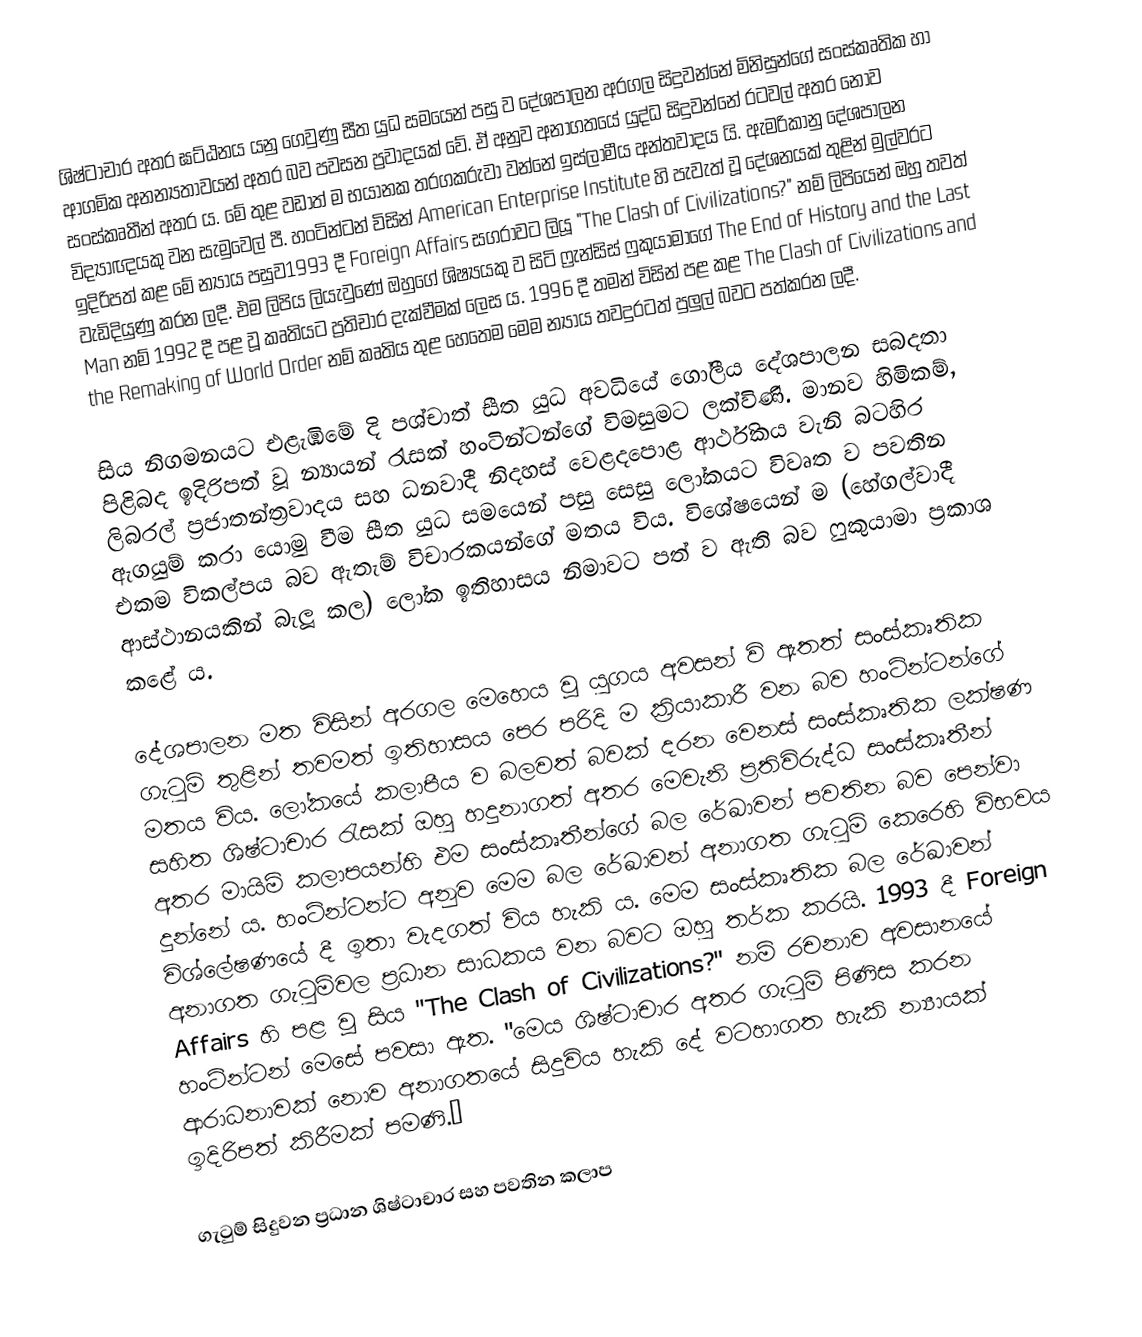
ශිෂ්ටාචාර අතර ඝට්ඨනය යනු ගෙවුණු සීත යුධ සමයෙන් පසු ව දේශපාලන අරගල සිදුවන්නේ මිනිසුන්ගේ  සංස්කෘතික හා ආගමික අනන්‍යතාවයන් අතර බව පවසන ප්‍රවාදයක් වේ. ඒ අනුව අනාගතයේ යුද්ධ සිදුවන්නේ රටවල් අතර නොව සංස්කෘතීන් අතර ය. මේ තුළ වඩාත් ම භයානක තරගකරුවා වන්නේ ඉස්ලාමීය අන්තවාදය යි. ඇමරිකානු දේශපාලන විද්‍යාඥයකු වන සැමුවෙල් පී. හංටින්ටන් විසින් American Enterprise Institute හි පැවැත් වූ දේශනයක් තුළින් මුල්වරට ඉදිරිපත් කළ  මේ න්‍යාය පසුව1993 දී  Foreign Affairs සගරාවට ලියූ "The Clash of Civilizations?" නම් ලිපියෙන් ඔහු තවත් වැඩිදියුණු කරන ලදී. එම ලිපිය ලියැවුණේ ඔහුගේ ශිෂ්‍යයකු ව සිටි ෆ්‍රැන්සිස් ෆුකුයාමාගේ The End of History and the Last Man නම් 1992 දී පළ වූ කෘතියට ප්‍රතිචාර දැක්වීමක් ලෙස ය. 1996 දී තමන් විසින් පළ කළ The Clash of Civilizations and the Remaking of World Order නම් කෘතිය තුළ හෙතෙම මෙම න්‍යාය තවදුරටත් පුලුල් බවට පත්කරන ලදී.

සිය නිගමනයට එළැඹීමේ දි පශ්චාත් සීත යුධ අවධියේ ගෝලීය දේශපාලන සබදතා පිළිබද ඉදිරිපත් වූ න්‍යායන් රැසක් හංටින්ටන්ගේ විමසුමට ලක්විණි. මානව හිමිකම්, ලිබරල් ප්‍රජාතන්ත්‍රවාදය සහ ධනවාදී නිදහස් වෙළදපොළ ආර්ථිකය වැනි බටහිර ඇගයුම් කරා යොමු වීම සීත යුධ සමයෙන් පසු සෙසු ලෝකයට විවෘත ව පවතින එකම විකල්පය බව ඇතැම් විචාරකයන්ගේ මතය විය. විශේෂයෙන් ම (හේගල්වාදී ආස්ථානයකින් බැලූ කල) ලෝක ඉතිහාසය නිමාවට පත් ව ඇති බව ෆුකුයාමා ප්‍රකාශ කළේ ය.

දේශපාලන මත විසින් අරගල මෙහෙය වූ යුගය අවසන් වි ඇතත් සංස්කෘතික ගැටුම් තුළින් තවමත් ඉතිහාසය පෙර පරිදි ම ක්‍රියාකාරී වන බව හංටින්ටන්ගේ මතය විය. ලෝකයේ කලාපීය ව බලවත් බවක් දරන වෙනස් සංස්කෘතික ලක්ෂණ සහිත ශිෂ්ටාචාර රැසක් ඔහු හදුනාගත් අතර මෙවැනි ප්‍රතිවිරුද්ධ සංස්කෘතීන් අතර මායිම් කලාපයන්හි  එම සංස්කෘතීන්ගේ බල රේඛාවන් පවතින බව පෙන්වා දුන්නේ ය. හංටින්ටන්ට අනුව මෙම බල රේඛාවන් අනාගත ගැටුම් කෙරෙහි විභවය විශ්ලේෂණයේ දී ඉතා වැදගත් විය හැකි ය. මෙම සංස්කෘතික බල රේඛාවන් අනාගත ගැටුම්වල ප්‍රධාන සාධකය වන බවට ඔහු තර්ක කරයි. 1993 දී  Foreign Affairs හි පළ වූ සිය "The Clash of Civilizations?" නම් රචනාව අවසානයේ හංටින්ටන් මෙසේ පවසා ඇත. "මෙය ශිෂ්ටාචාර අතර ගැටුම් පිණිස කරන ආරාධනාවක් නොව අනාගතයේ සිදුවිය හැකි දේ වටහාගත හැකි න්‍යායක් ඉදිරිපත් කිරීමක් පමණි.”

ගැටුම් සිදුවන ප්‍රධාන ශිෂ්ටාචාර සහ පවතින කලාප